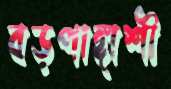
বড়পাঙ্গাশী